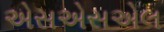
એસએસએલ